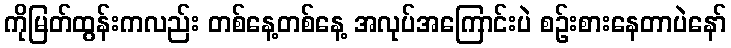
ကိုမြတ်ထွန်းကလည်း တစ်နေ့တစ်နေ့ အလုပ်အကြောင်းပဲ စဉ်းစားနေတာပဲနော်